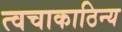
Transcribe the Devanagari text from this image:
त्वचाकाठिन्य